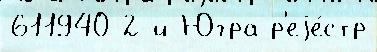
611940 2-й Югра р'еjе́стр